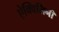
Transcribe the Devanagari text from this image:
ऐक्विलिनी